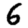
Digit: 6